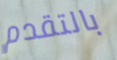
بالتقدم